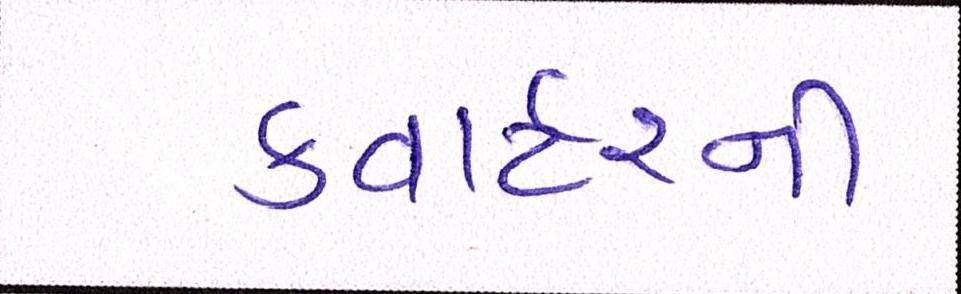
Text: ક્વાર્ટરની